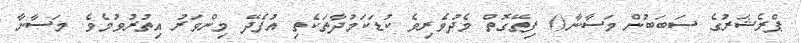
ޕްރެޝަރުގެ ސަބަބުން މަސާނާ() ފިތޭގޮތް މެދުވެރިވެ ކުޑަކަމުދާތަކެތި އުފެދޭ މިންވަރު އިތުރުވުމެވެ. މަސާނާ